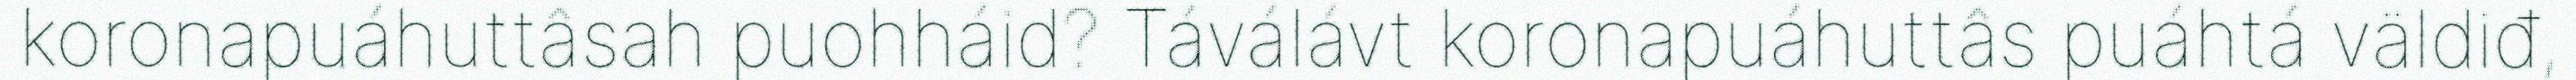
koronapuáhuttâsah puohháid? Táválávt koronapuáhuttâs puáhtá väldiđ,